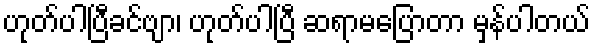
ဟုတ်ပါပြီခင်ဗျာ၊ ဟုတ်ပါပြီ ဆရာမပြောတာ မှန်ပါတယ်